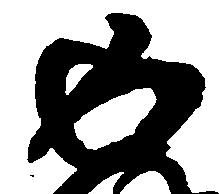
返